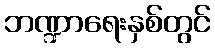
ဘဏ္ဍာရေးနှစ်တွင်